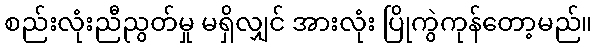
စည်းလုံးညီညွတ်မှု မရှိလျှင် အားလုံး ပြိုကွဲကုန်တော့မည်။